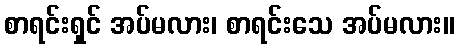
စာရင်းရှင် အပ်မလား၊ စာရင်းသေ အပ်မလား။